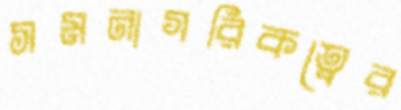
সমনাগরিকত্বের